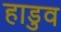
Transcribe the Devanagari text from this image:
हाडुव